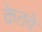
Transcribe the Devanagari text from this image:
केतवे